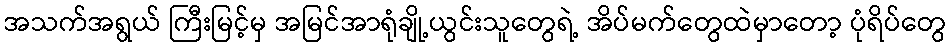
အသက်အရွယ် ကြီးမြင့်မှ အမြင်အာရုံချို့ယွင်းသူတွေရဲ့ အိပ်မက်တွေထဲမှာတော့ ပုံရိပ်တွေ